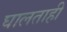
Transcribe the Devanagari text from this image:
घालताही